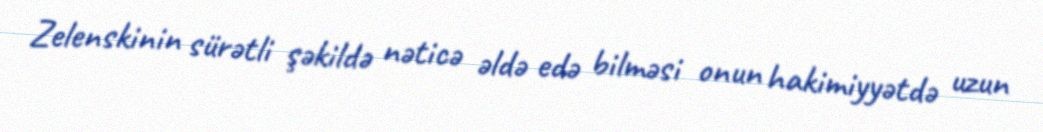
Zelenskinin sürətli şəkildə nəticə əldə edə bilməsi onun hakimiyyətdə uzun